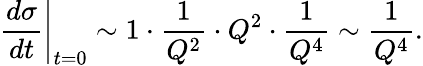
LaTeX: \left.\frac{d\sigma}{dt}\right|_{t=0}\sim 1\cdot\frac{1}{Q^{2}}\cdot Q^{2}\cdot\frac{1}{Q^{4}}\sim\frac{1}{Q^{4}}.